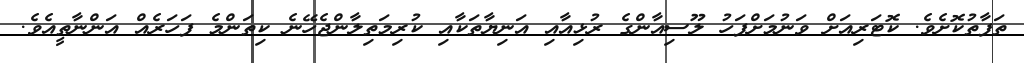
ތަފާތުކޮށެވެ. ކޮޓަރިއަށް ވަނުމަށްފަހު ލޫސިއާންގެ ރުޅިއާއި އަނިޔާތަކާއި ކުރިމަތިލާންޖެހޭނެ ކިތަންމެ ފަހަރެއް އަންނާތީއެވެ.